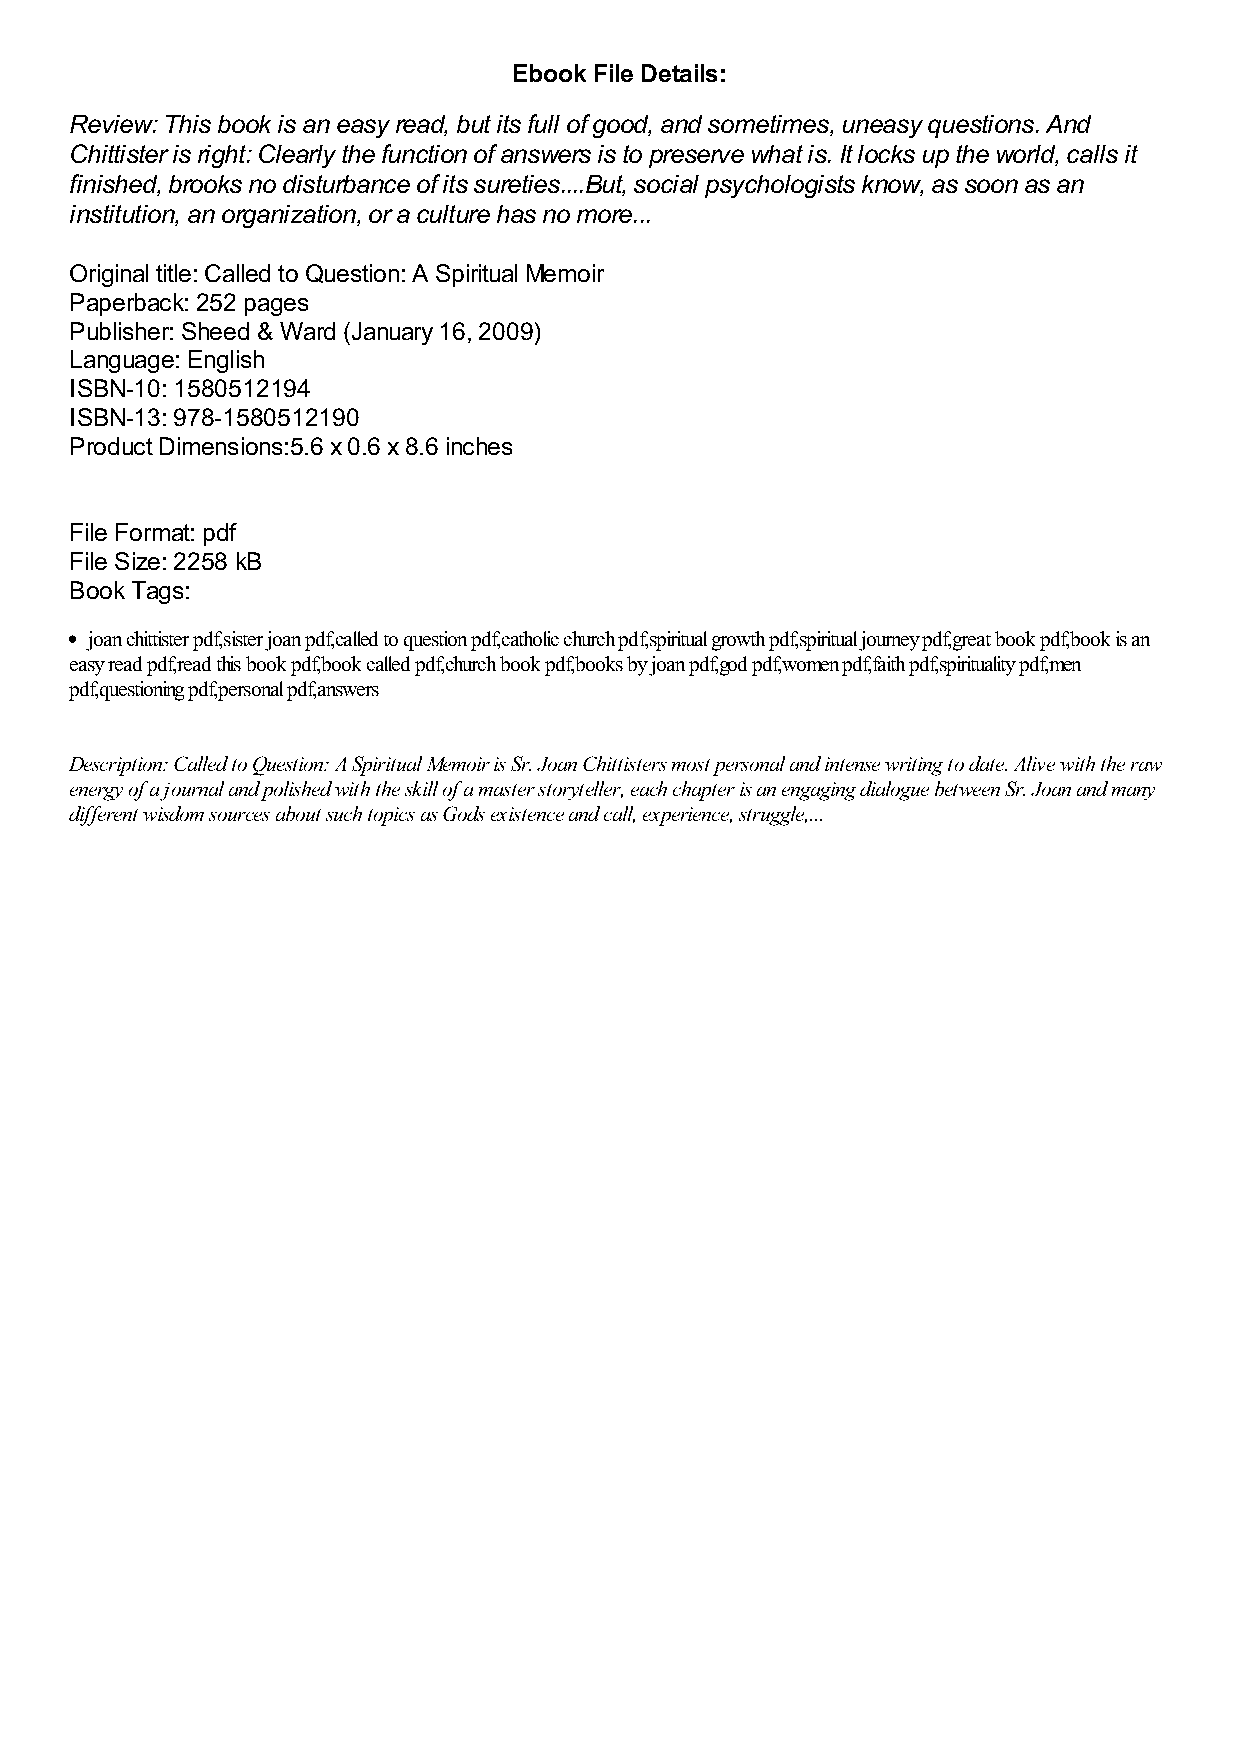
Ebook File Details:
 Review: This book is an easy read, but its full of good, and sometimes, uneasy questions. And
 Chittister is right: Clearly the function of answers is to preserve what is. It locks up the world, calls it
 finished, brooks no disturbance of its sureties....But, social psychologists know, as soon as an
 institution, an organization, or a culture has no more...
 Original title: Called to Question: A Spiritual Memoir
 Paperback: 252 pages
 Publisher: Sheed & Ward (January 16, 2009)
 Language: English
 ISBN-10: 1580512194
 ISBN-13: 978-1580512190
 Product Dimensions:5.6 x 0.6 x 8.6 inches
 File Format: pdf
 File Size: 2258 kB
 Book Tags:
 joan chittister pdf,sister joan pdf,called to question pdf,catholic church pdf,spiritual growth pdf,spiritual journey pdf,great book pdf,book is an
 easy read pdf,read this book pdf,book called pdf,church book pdf,books by joan pdf,god pdf,women pdf,faith pdf,spirituality pdf,men
 pdf,questioning pdf,personal pdf,answers
 Description: Called to Question: A Spiritual Memoir is Sr. Joan Chittisters most personal and intense writing to date. Alive with the raw
 energy of a journal and polished with the skill of a master storyteller, each chapter is an engaging dialogue between Sr. Joan and many
 different wisdom sources about such topics as Gods existence and call, experience, struggle,...